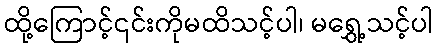
ထို့ကြောင့်၎င်းကိုမထိသင့်ပါ၊ မရွှေ့သင့်ပါ